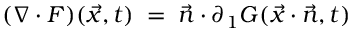
( \nabla \cdot F ) ( { \vec { x } } , t ) \; = \; { \vec { n } } \cdot \partial _ { 1 } G ( { \vec { x } } \cdot { \vec { n } } , t )